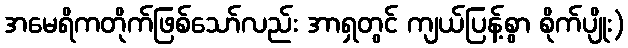
အမေရိကတိုက်ဖြစ်သော်လည်း အာရှတွင် ကျယ်ပြန့်စွာ စိုက်ပျိုး)